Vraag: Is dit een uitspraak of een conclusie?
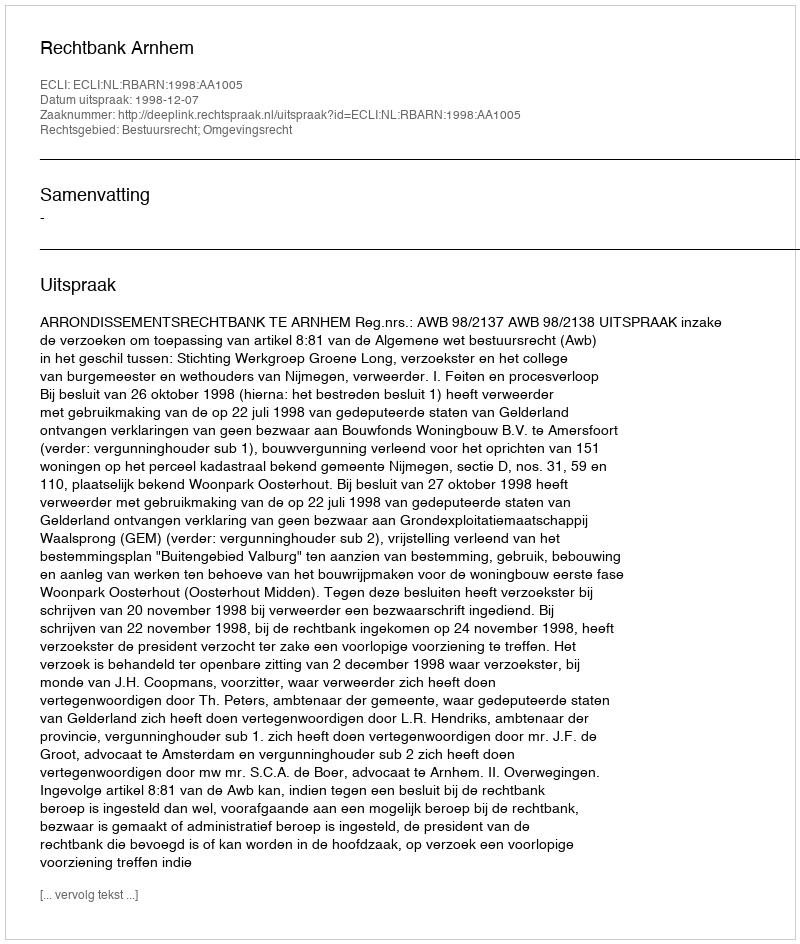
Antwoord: Uitspraak